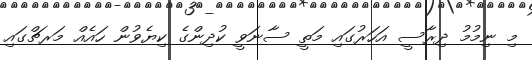
މި ނިމުމު ދިރާސީ އަހަރުގައި މަތީ ސާނަވީ ކުދިންގެ ކިޔެވުން ހައެއް މަރޗްގައި